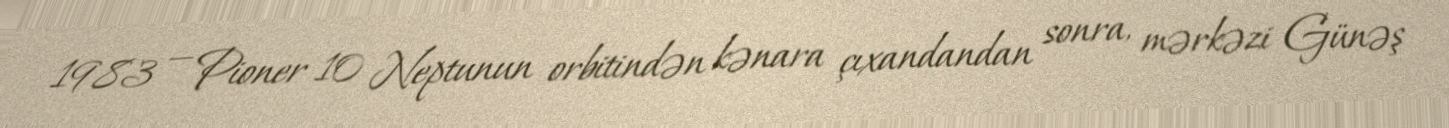
1983 — Pioner 10 Neptunun orbitindən kənara çıxandandan sonra, mərkəzi Günəş